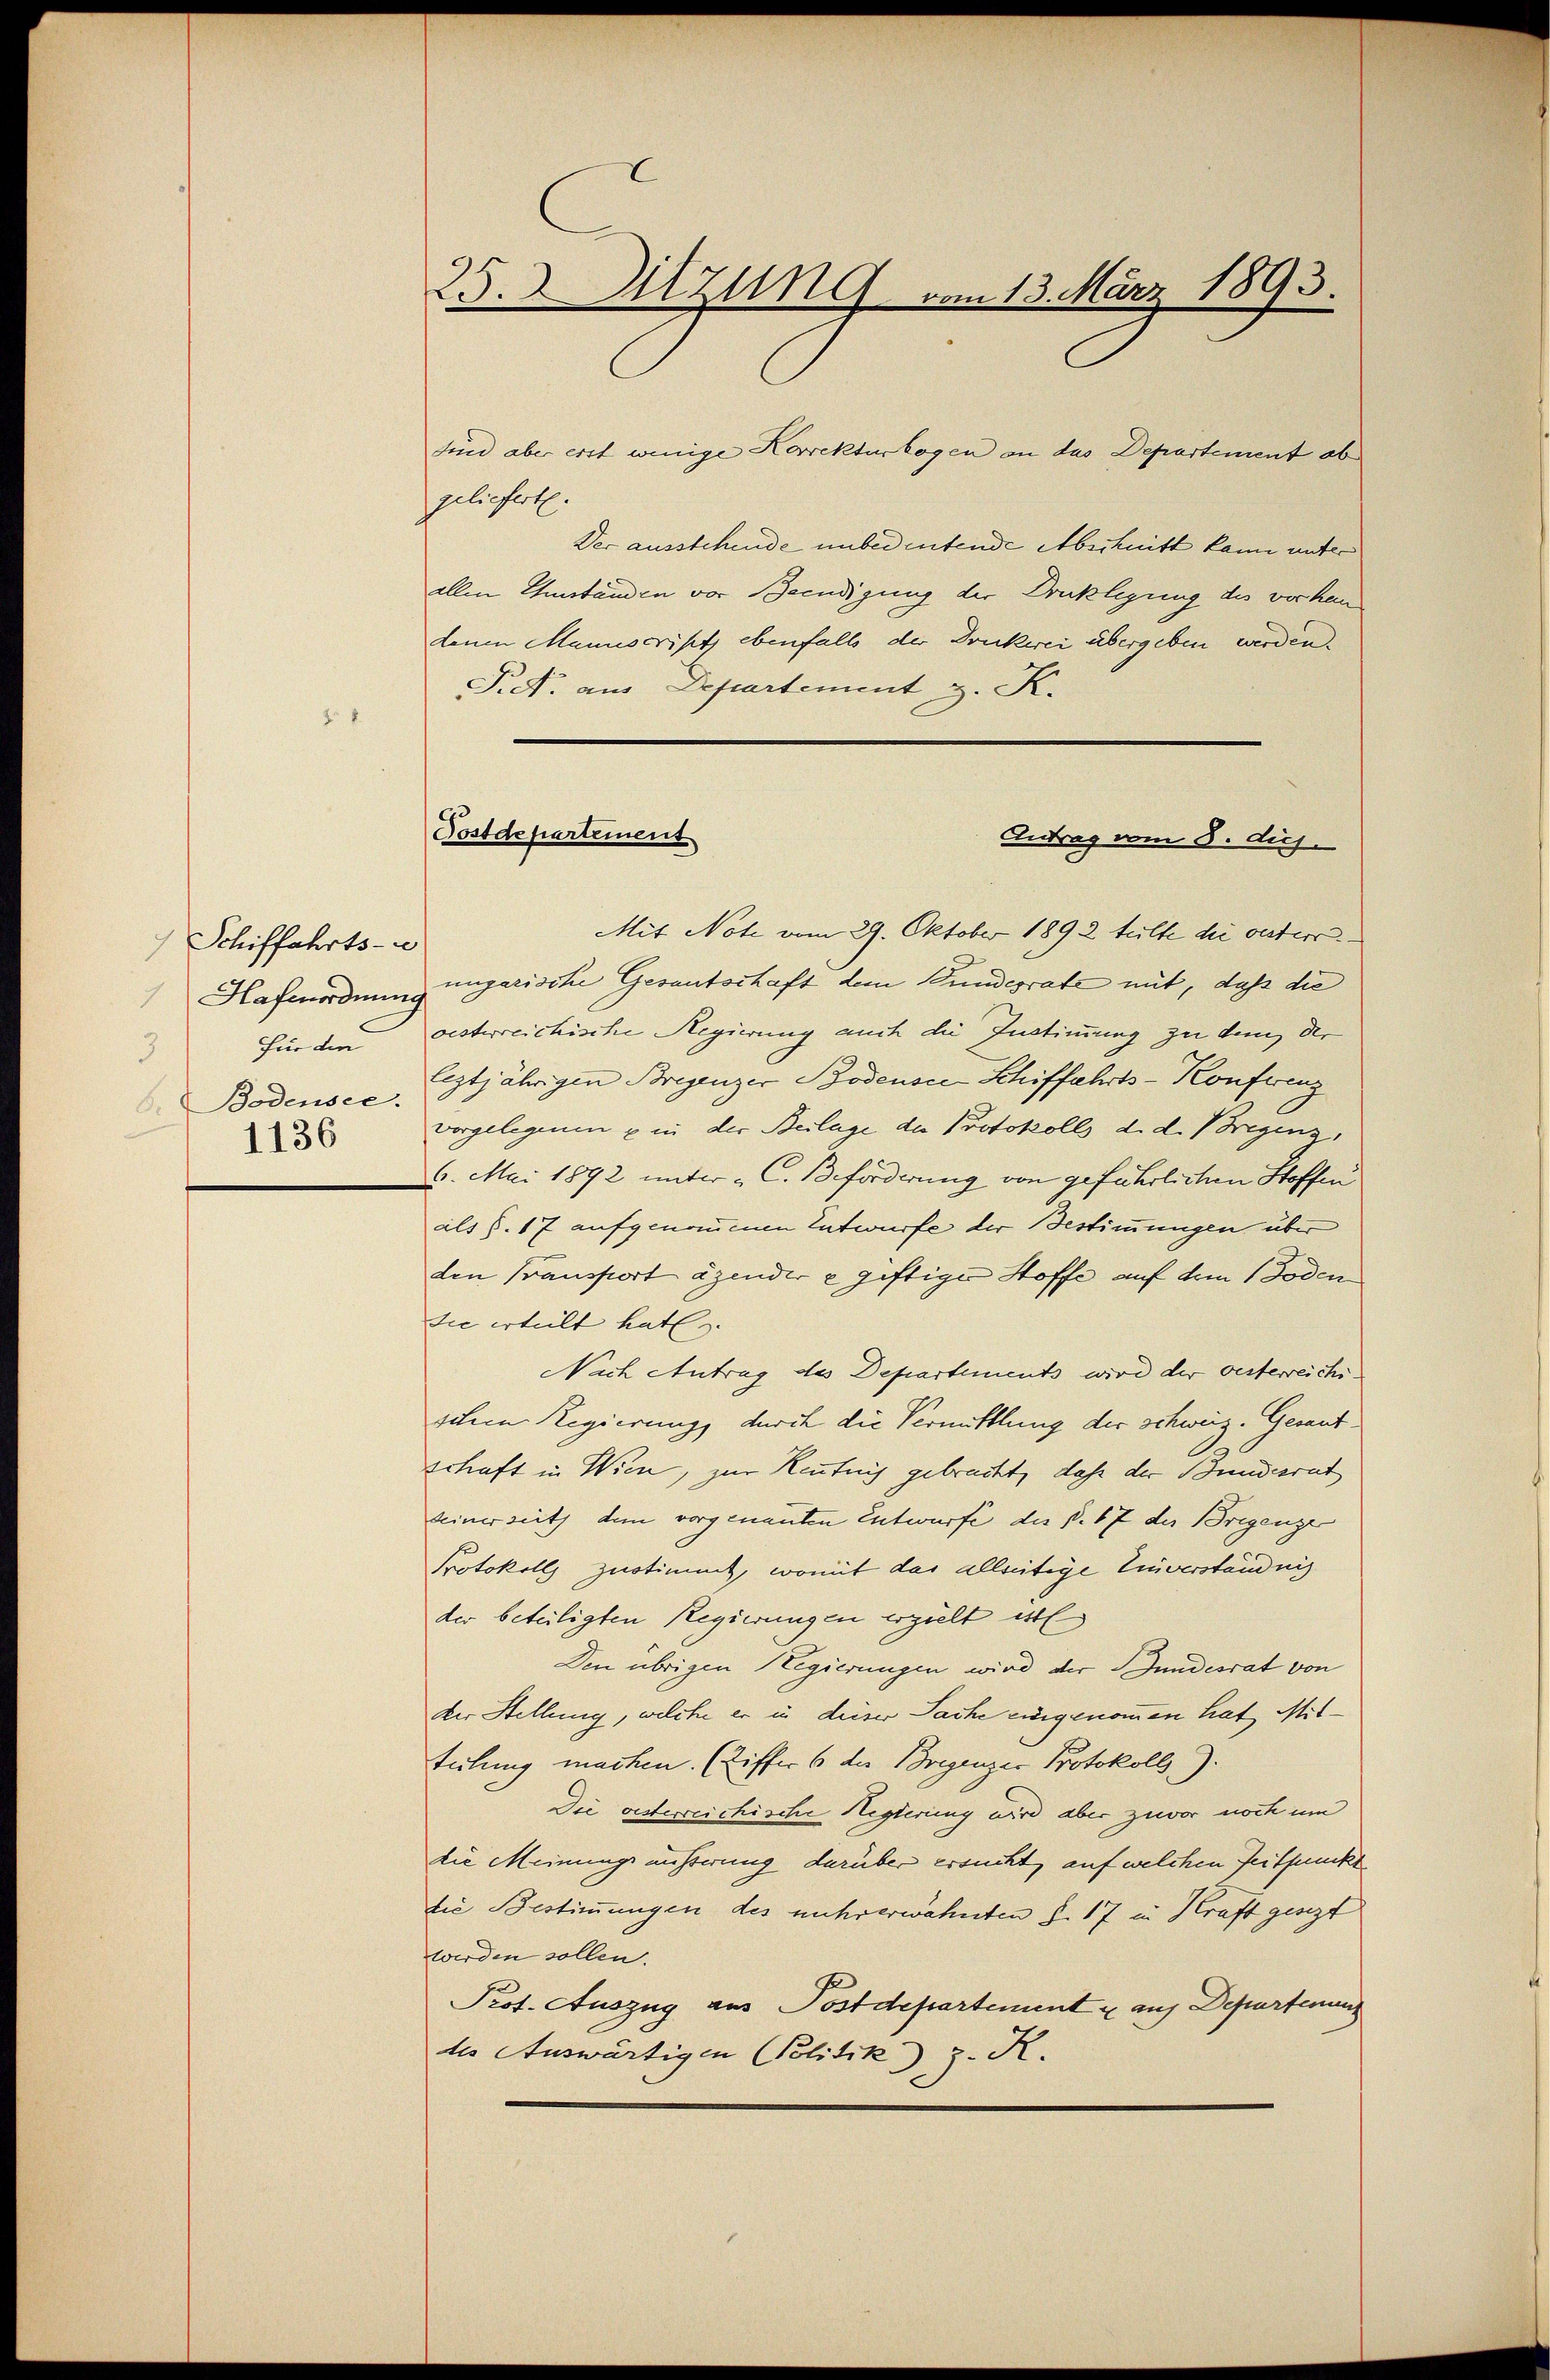
Schiffahrts-C
Hafenordnung
Für die
3
6. Bodensee.
1136

25. Sitzung vom 13. März 1893.

Postdepartement
Antrag vom 5. dich.

sind aber erst wenige Korrekturbogen an das Departement ob
geliefert.
Der ausstehende unbedeutende Abschnitt kann unter
allen Einstanden vor Beendigung der Drucklegung des vorhein
denen Manuscript ebenfalls der Druckerei übergeben werden.
P.S. aus Departement z. K.
Mit Note vom 29. Oktober 1892 tulte die vesterr
ungarische Gesantschaft dem Bundesrate mit, daß die
oisterreichische Regierung auch die Instimmung zu dem der
leztjährigen Bregenzer Bodense Schiffahrts-Konferenz
vorgelegenen u in der Beilage der Protokolls d. d. Bregenz,
6. Mai 1892 unter C. Beforderung von geführlichen Stoffe
als P. 17 aufgenommenen Entwurfe der Bestimmungen über
den Transport äzender u giftiger Stoffe auf dem Boden
die erteilt hat.
Nach Antrag des Departements wird der oesterreichischem Regierung, durch die Vermittlung der schweiz. Gesandschaft in Wiene, zur Reutnis gebracht, daß der Bundesrat
seinerseits dem vorgenannten Entwurfe des §. 17 der Bregenze
Protokolls zustimmt, womit das allseitige Einverständnis
der beteiligten Regierungen ergilt ist
Den übrigen Regierungen wird der Bundesrat von
der Stellung, welche er in deiser Sache eingenommen hat Mitteilung machen. (Ziffer 6 die Bregenzer Protokolls).
Die viderreichische Hegierung wird aber zuvor noch um
die Meinungsäußerung darüber ersucht, auf welchen Zeitpunkte
die Bestimmungen des mehrerwähnten §. 17 in Kraft gesezt
werden sollen.
Prof. Auszug aus Postdepartement u auf Departenans
des Auswärtigen Politik z. R.